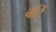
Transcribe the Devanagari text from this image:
बर्टि